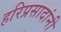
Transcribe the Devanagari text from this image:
हरिप्रसादांनी